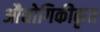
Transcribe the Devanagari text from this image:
औद्योगिकीकृत